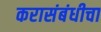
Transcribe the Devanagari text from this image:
करासंबंधीचा